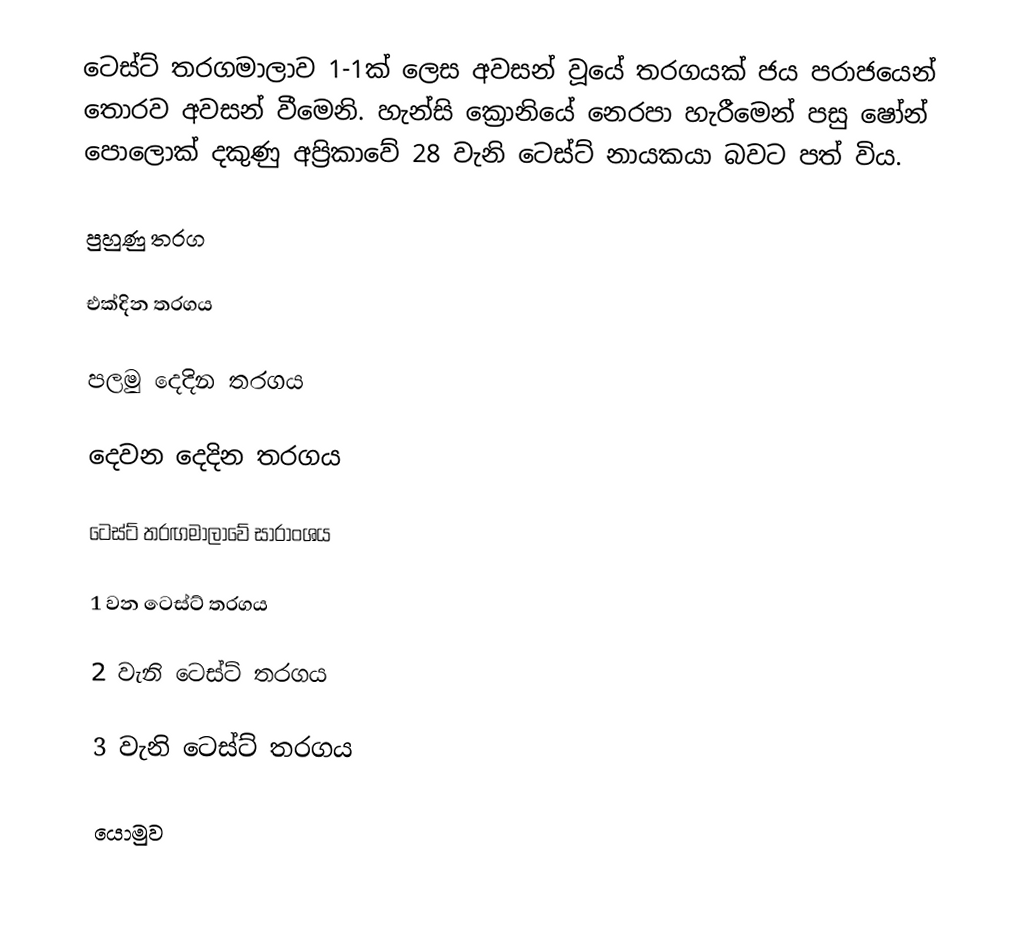
ටෙස්ට් තරගමාලාව 1-1ක් ලෙස අවසන් වූයේ තරගයක් ජය පරාජයෙන් තොරව අවසන් වීමෙනි. හැන්සි ක්‍රොනියේ නෙරපා හැරීමෙන් පසු ෂෝන් පොලොක් දකුණු අප්‍රිකාවේ 28 වැනි ටෙස්ට් නායකයා බවට පත් විය.

පුහුණු තරග

එක්දින තරගය

පලමු දෙදින තරගය

දෙවන දෙදින තරගය

ටෙස්ට් තරඟමාලාවේ සාරාංශය

1 වන ටෙස්ට් තරගය

2 වැනි ටෙස්ට් තරගය

3 වැනි ටෙස්ට් තරගය

යොමුව